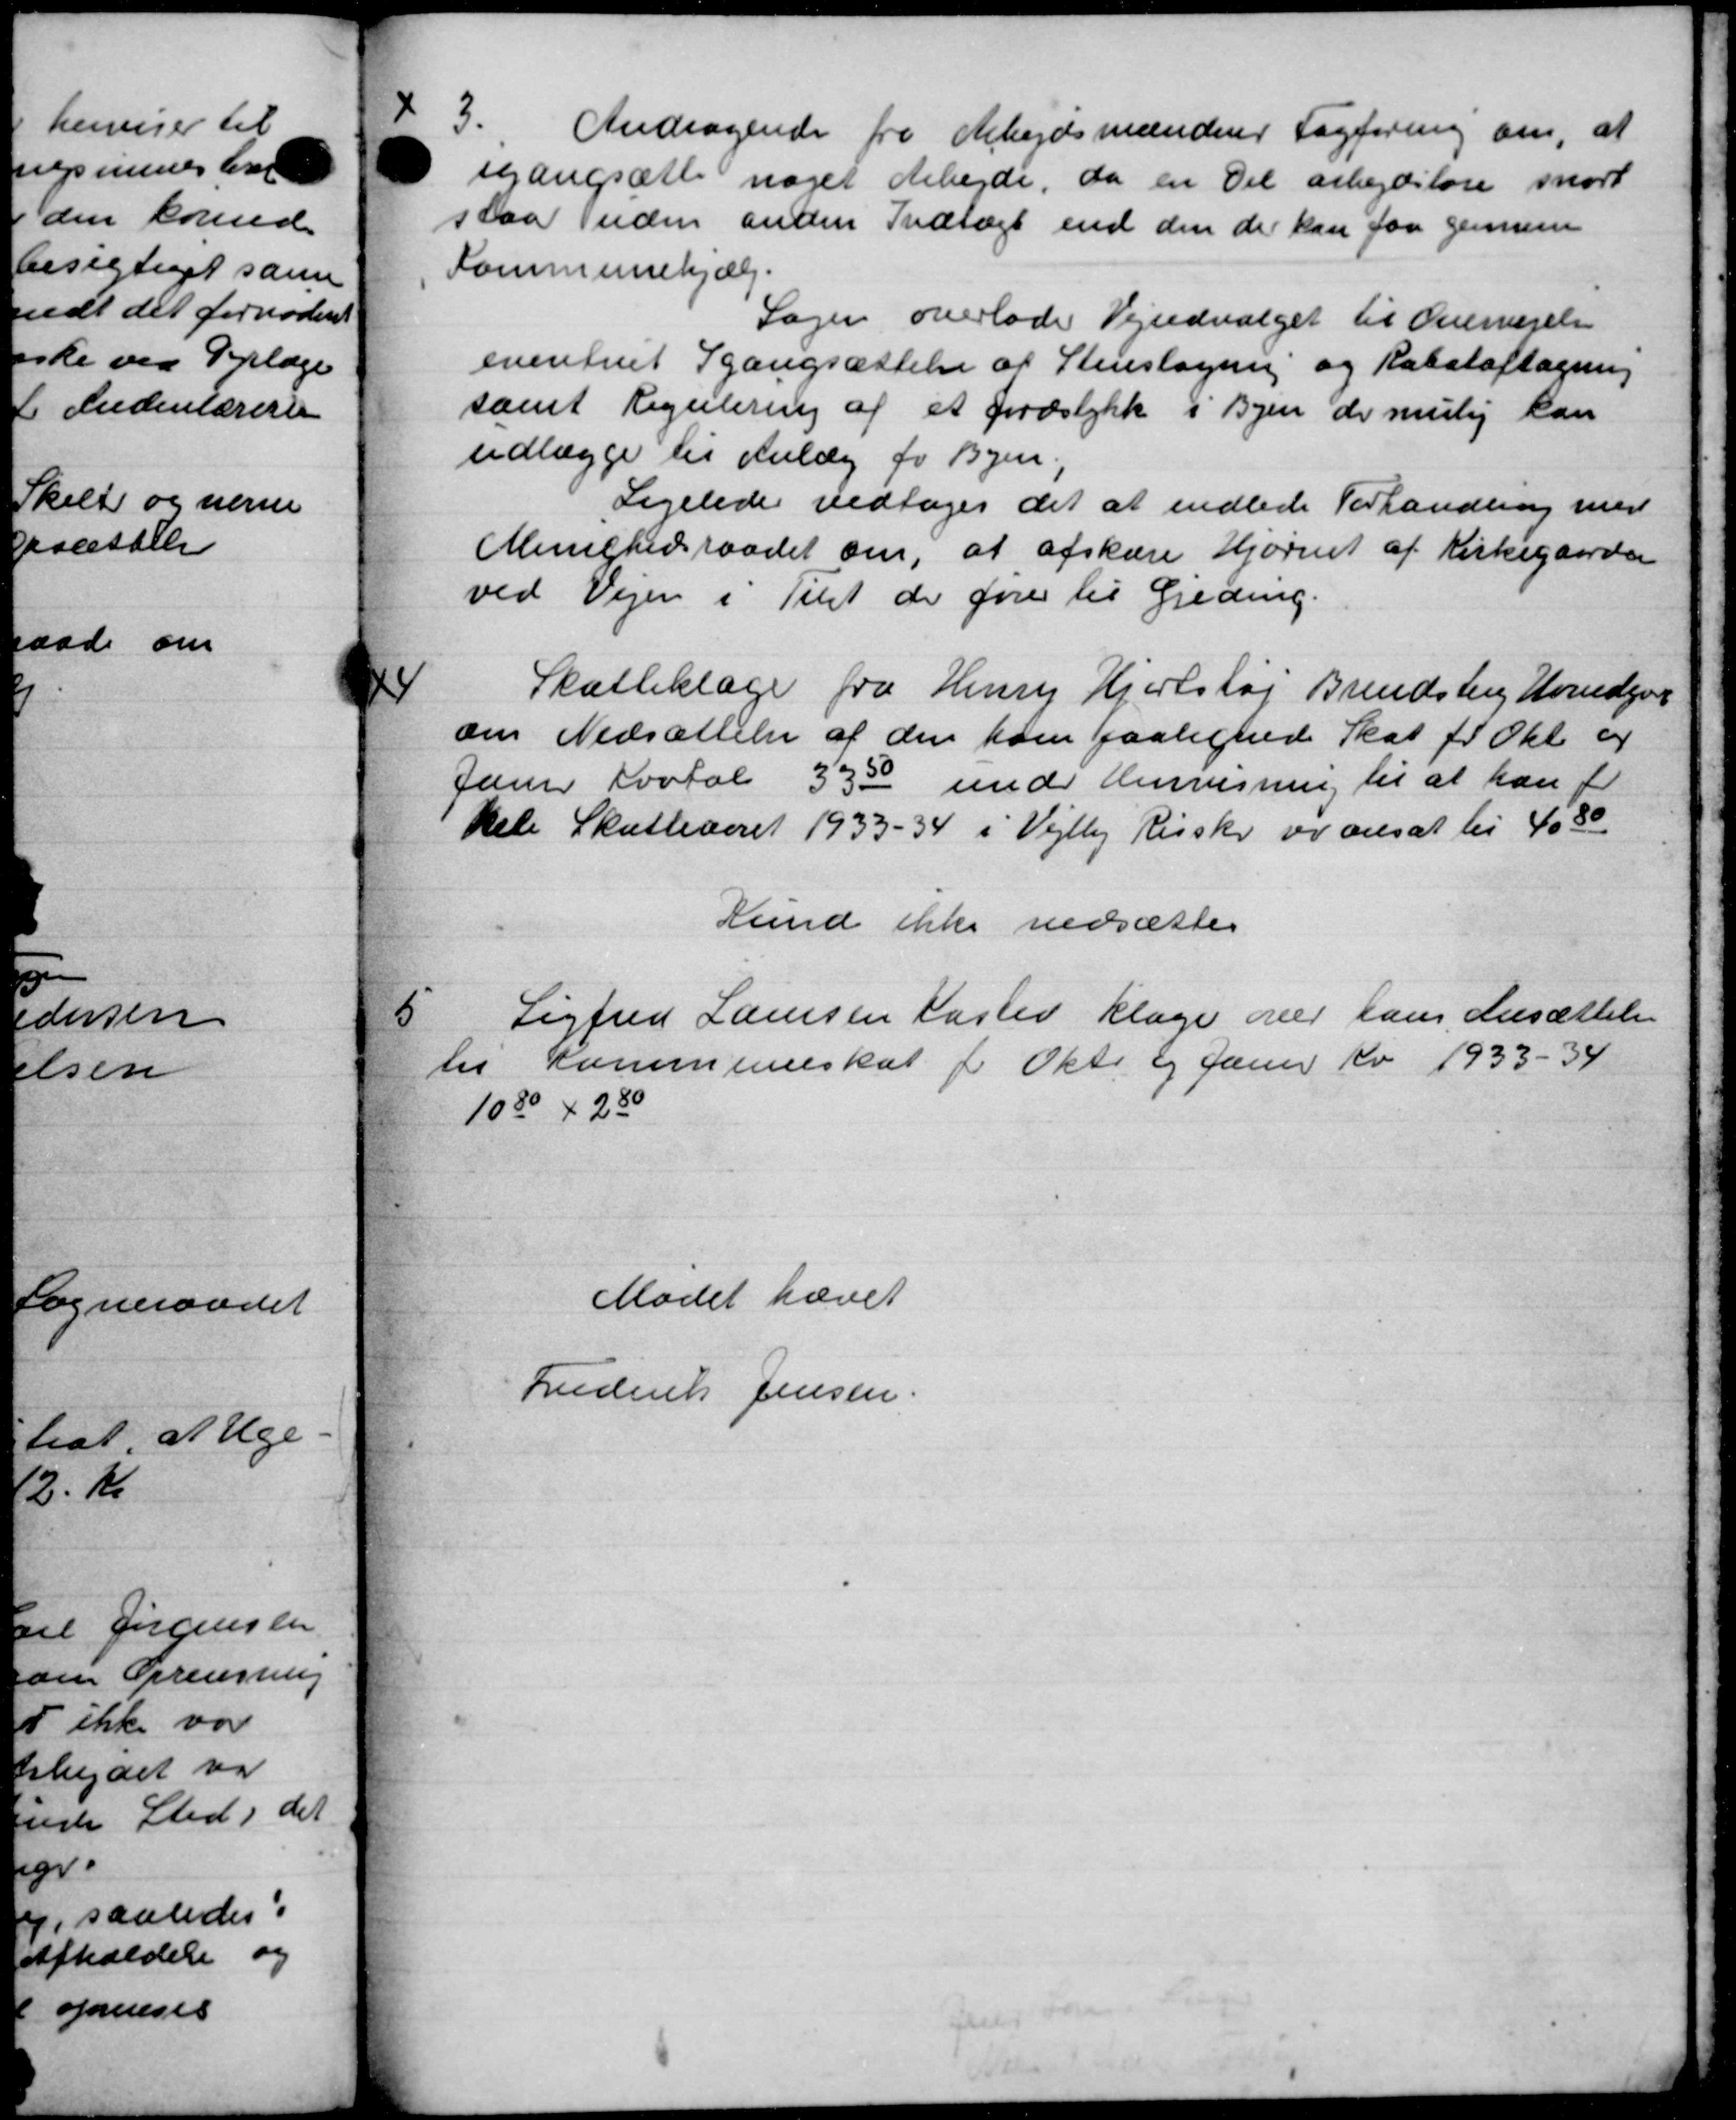
Transskription:
3.
Andragende fra Arbejdsmændens Fagforening om, at
igangsætte noget Arbejde, da en Del arbejdsløse snart
slaa uden anden Indtægt end den der kan faa gennem
Kommunehjælp.
Sagen overlade Vejudvalget til Overvejelse
eventuel Igangsættelse af Stenslagning og Rabataftagning
samt Regulering af et Jordstykke i Byen der mulig kan
udlægge til Anlæg for Byen,
Ligelede vedtoges det at indlede Forhandling med
Menighedsraadet om, at afskære Hjørnet af Kirkegaarden
ved Vejen i Tilst de fører til Greding.

Skatteklage fra Henry Hjortshøj Brendsberg Hovedgør
om Nedsættelse af den ham paalignede Skat for Okt er
Janer Fortal 3330 under Henvisning til at han f
kele Skatteaaret 1933 - 34 i Vejlby Risskr er ansat til 4080
Fund ikke nedsættes

Sigfred Laursen Kasted klage over hans Ansættelse
les Kommuneskat for Okto 2 Januar Kv 1933-34
1080 + 280
Mødet hævet
Frederik Jensen.